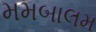
મમબાલમ